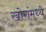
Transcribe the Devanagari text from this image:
खोरांमध्ये